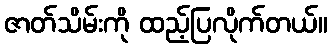
ဇာတ်သိမ်းကို ထည့်ပြလိုက်တယ်။